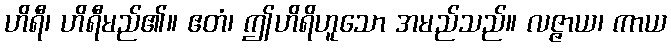
ဟိရီ၊ ဟိရီမည်၏။ ဧတံ၊ ဤဟိရိဟူသော အမည်သည်။ လဇ္ဇာယ၊ ကာယ